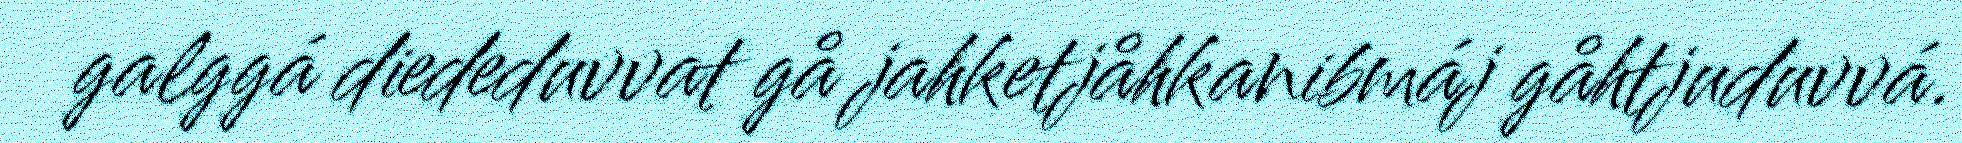
galggá diededuvvat gå jahketjåhkanibmáj gåhtjuduvvá.